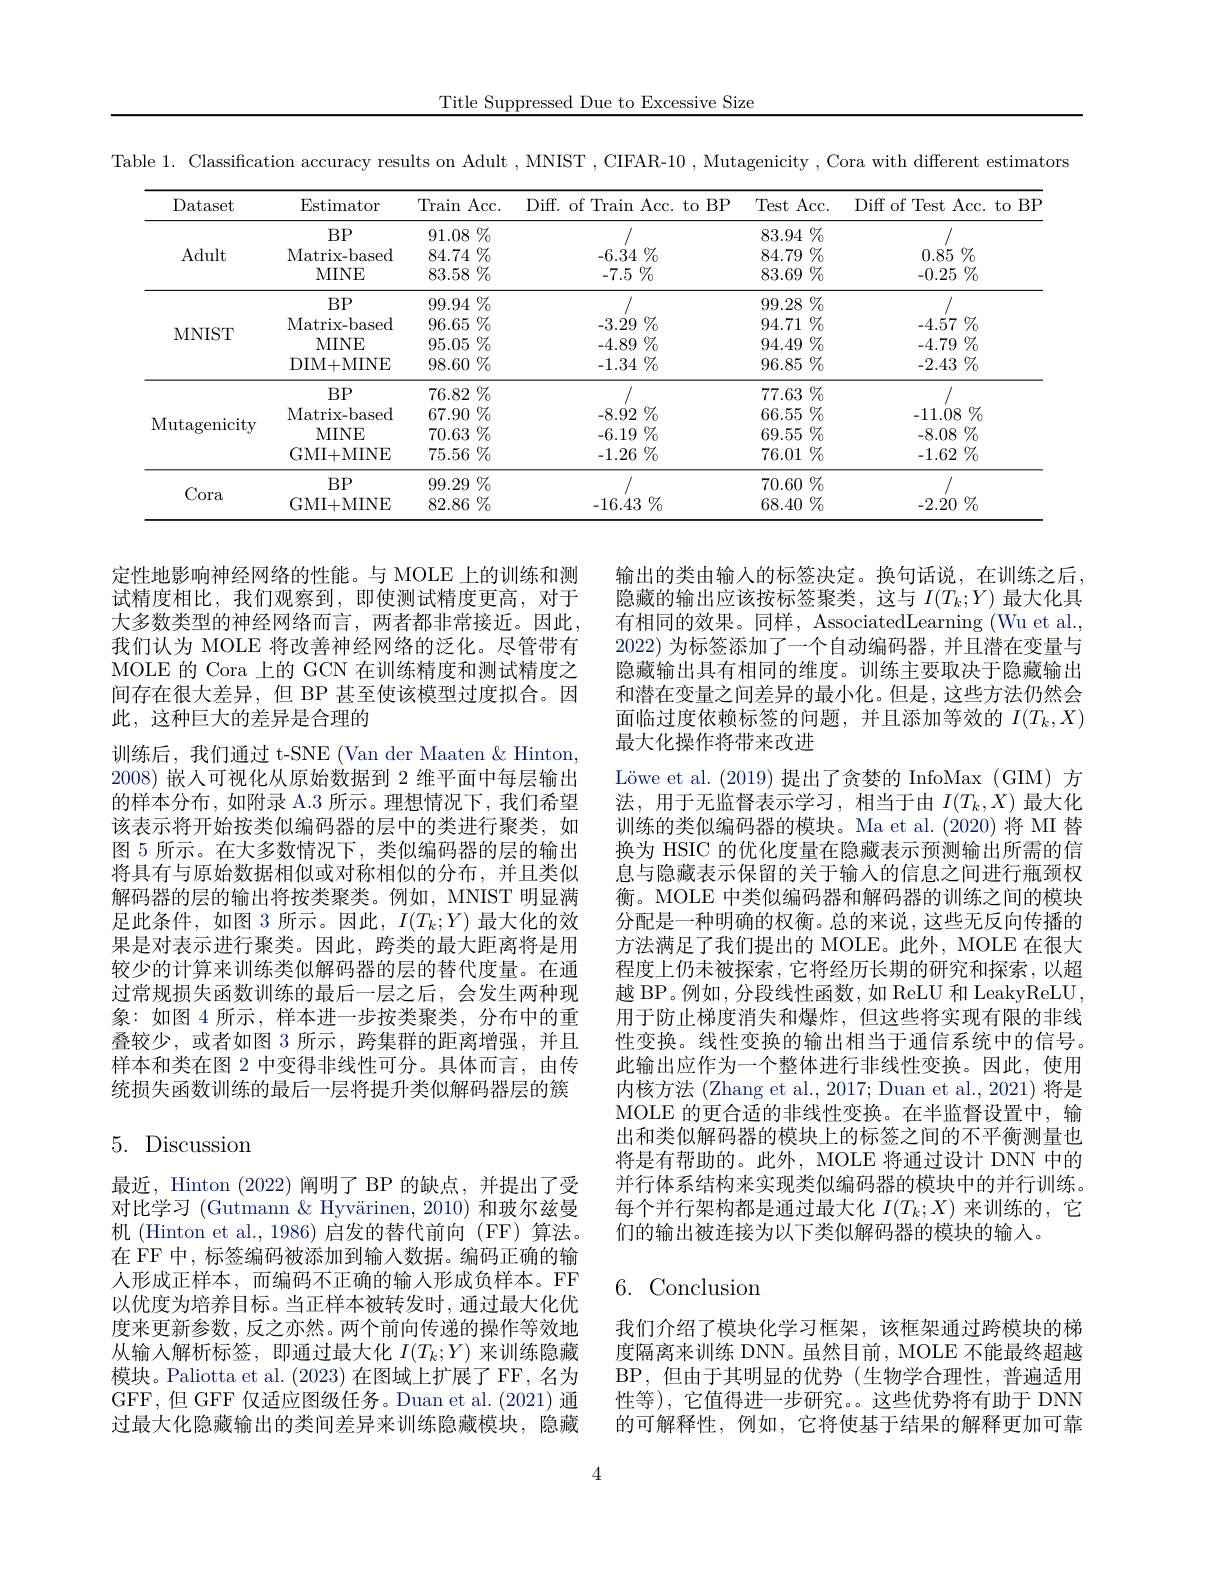
Title Suppressed Due to Excessive Size

Table 1. Classification accuracy results on Adult , MNIST , CIFAR-10 , Mutagenicity , Cora with different estimators

<table>
	<tbody>
		<tr>
			<th>Dataset</th>
			<th>Estimator</th>
			<th>Train Acc.</th>
			<th>Diff. of Train Acc. to BP</th>
			<th>Test Acc. </th>
			<th>Diff of Test Acc. to BF</th>
		</tr>
		<tr>
			<td> </td>
			<td>$BP$</td>
			<td>$\%$ 91.08</td>
			<td> </td>
			<td>$\%$ 83.94</td>
			<td> </td>
		</tr>
		<tr>
			<td rowspan="2">MNIST</td>
			<td>MINE</td>
			<td>95.05 $\%$</td>
			<td>$-4.89\%$</td>
			<td>$94.49\%$</td>
			<td>) $\%$ -4.79</td>
		</tr>
		<tr>
			<td>DIM+ MINE</td>
			<td>$98.60\%$</td>
			<td>$-1.34\%$</td>
			<td>$96.85\%$</td>
			<td>$-2.43\%$</td>
		</tr>
		<tr>
			<td rowspan="5">Mutagenicity</td>
			<td>$BP$</td>
			<td>$76.82\%$</td>
			<td> </td>
			<td>$77.63\%$</td>
			<td> </td>
		</tr>
		<tr>
			<td>$BP$ Matrix- based MINE GMI+MINE</td>
			<td>76.82 $2\%$ $67.90\%$ $70.63\%$ $75.56\%$</td>
			<td>-8.92 $\%$ $-6.19\%$ $-1.26\%$</td>
			<td>$77.63\%$ $66.55\%$ $69.55\%$ $1\%$ 76.01</td>
			<td>$-11.08\%$ $-8.08\%$ $-1.62\%$</td>
		</tr>
		<tr>
			<td>Matrix- based</td>
			<td>67.90 $\%$ </td>
			<td>$-8.92\%$</td>
			<td>$66.55\%$</td>
			<td>3 $\%$ -11.08</td>
		</tr>
		<tr>
			<td>MINE</td>
			<td>70.63 $\%$</td>
			<td>$-6.19\%$</td>
			<td>$69.55\%$</td>
			<td>$-8.08\%$</td>
		</tr>
		<tr>
			<td>GMI+MINE</td>
			<td>$75.56\%$</td>
			<td>$-1.26\%$</td>
			<td>$76.01\%$</td>
			<td>$-1.62\%$</td>
		</tr>
		<tr>
			<td rowspan="3">Cora</td>
			<td>$BP$</td>
			<td>99.29 $9\%$</td>
			<td> </td>
			<td>$\%$ 70.60</td>
			<td> </td>
		</tr>
		<tr>
			<td>$BP$ GMI+MINE</td>
			<td>) $\%$ 99.29 T 82.86 $\%$</td>
			<td>-16.43 $\%$</td>
			<td>$70.60\%$ $)\%$ 68.40</td>
			<td>-2.20 $\%$</td>
		</tr>
		<tr>
			<td>GMI+MINE</td>
			<td>82.86 $\%$</td>
			<td>-16.43 $\%$</td>
			<td>68.40 $\%$ </td>
			<td>$\%$ -2.20</td>
		</tr>
	</tbody>
</table>

定性地影响神经网络的性能。与 MOLE 上的训练和测试精度相比，我们观察到，即使测试精度更高，对于大多数类型的神经网络而言，两者都非常接近。因此， 我们认为 MOLE 将改善神经网络的泛化。尽管带有MOLE 的 Cora 上的 GCN 在训练精度和测试精度之间存在很大差异，但 BP 甚至使该模型过度拟合。因此，这种巨大的差异是合理的
训练后，我们通过 t-SNE (Van der Maaten &Hinton, 2008)嵌人可视化从原始数据到 2 维平面中每层输出的样本分布，如附录 A.3 所示。理想情况下，我们希望该表示将开始按类似编码器的层中的类进行聚类，如图 5 所示。在大多数情况下，类似编码器的层的输出将具有与原始数据相似或对称相似的分布，并且类似解码器的层的输出将按类聚类。例如，MNIST 明显满足此条件，如图 3 所示。因此$,I(T_k;Y)$ 最大化的效果是对表示进行聚类。因此，跨类的最大距离将是用较少的计算来训练类似解码器的层的替代度量。在通过常规损失函数训练的最后一层之后，会发生两种现象：如图 4 所示，样本进一步按类聚类，分布中的重叠较少，或者如图 3 所示，跨集群的距离增强，并且样本和类在图 2 中变得非线性可分。具体而言，由传统损失函数训练的最后一层将提升类似解码器层的簇

输出的类由输入的标签决定。换句话说，在训练之后隐藏的输出应该按标签聚类，这与$I(T_k;Y)$最大化具有相同的效果。同样，AssociatedLearning (Wu et al. 2022)为标签添加了一个自动编码器，并且潜在变量与隐藏输出具有相同的维度。训练主要取决于隐藏输出和潜在变量之间差异的最小化。但是，这些方法仍然会面临过度依赖标签的问题，并且添加等效的$I(T_k,X)$ 最大化操作将带来改进
Löwe et al.(2019) 提出了贪婪的 InfoMax(GIM) 方法，用于无监督表示学习，相当于由$I(T_k,X)$最大化训练的类似编码器的模块。Ma et al.(2020) 将 MI 替换为 HSIC 的优化度量在隐藏表示预测输出所需的信息与隐藏表示保留的关于输入的信息之间进行瓶颈权衡。MOLE 中类似编码器和解码器的训练之间的模块分配是一种明确的权衡。总的来说，这些无反向传播的方法满足了我们提出的 MOLE。此外，MOLE 在很大程度上仍未被探索，它将经历长期的研究和探索，以超越 BP。例如，分段线性函数，如 ReLU 和 LeakyReLU , 用于防止梯度消失和爆炸，但这些将实现有限的非线性变换。线性变换的输出相当于通信系统中的信号。此输出应作为一个整体进行非线性变换。因此，使用内核方法 (Zhang et al., 2017; Duan et al., 2021) 将是MOLE 的更合适的非线性变换。在半监督设置中，输出和类似解码器的模块上的标签之间的不平衡测量也将是有帮助的。此外，MOLE 将通过设计 DNN 中的并行体系结构来实现类似编码器的模块中的并行训练。每个并行架构都是通过最大化$I(T_k;X)$来训练的，它们的输出被连接为以下类似解码器的模块的输入。

# 5. Discussion

# 6. Conclusion

最近，Hinton (2022) 阐明了 BP 的缺点，并提出了受对比学习 (Gutmann & Hyvärinen, 2010) 和玻尔兹曼机 (Hinton et al., 1986) 启发的替代前向 (FF) 算法。在 FF 中，标签编码被添加到输入数据。编码正确的输人形成正样本，而编码不正确的输入形成负样本。FF 以优度为培养目标。当正样本被转发时，通过最大化优度来更新参数，反之亦然。两个前向传递的操作等效地从输入解析标签，即通过最大化$I(T_k;Y)$来训练隐藏模块。Paliotta et al. (2023)在图域上扩展了 FF, 名为GFF,但 GFF 仅适应图级任务。Duan et al.(2021) 通过最大化隐藏输出的类间差异来训练隐藏模块，隐藏

我们介绍了模块化学习框架，该框架通过跨模块的梯度隔离来训练 DNN。虽然目前，MOLE 不能最终超越BP,但由于其明显的优势(生物学合理性，普遍适用性等),它值得进一步研究。这些优势将有助于 DNN 的可解释性，例如，它将使基于结果的解释更加可靠

4